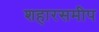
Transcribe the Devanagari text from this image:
शहारसमीप